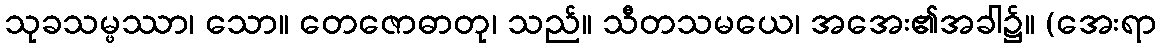
သုခသမ္ဖဿာ၊ သော။ တေဇောဓာတု၊ သည်။ သီတသမယေ၊ အအေး၏အခါ၌။ (အေးရာ